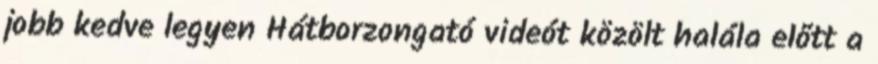
jobb kedve legyen Hátborzongató videót közölt halála előtt a